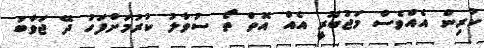
ކުރިން އެއްވެސް މަޖުބޫރީ އެއް އޮތް ތޯ ސުވާލު ކުރުމަށްފަހު ދޭ ޖަވާބު